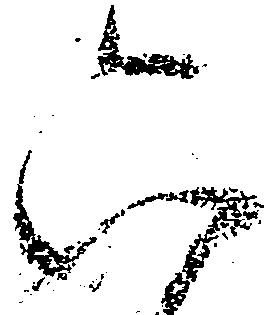
六